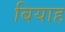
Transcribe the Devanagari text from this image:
बियाह